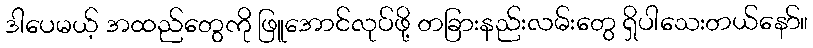
ဒါပေမယ့် အထည်တွေကို ဖြူအောင်လုပ်ဖို့ တခြားနည်းလမ်းတွေ ရှိပါသေးတယ်နော်။